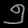
Digit: ၅